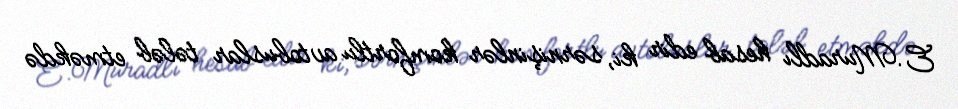
E.Muradlı hesab edir ki, sərnişinlər komfortlu avtobuslar tələb etməkdə